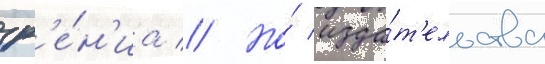
зр'е́н'иа // Но́ изда́т'ельства